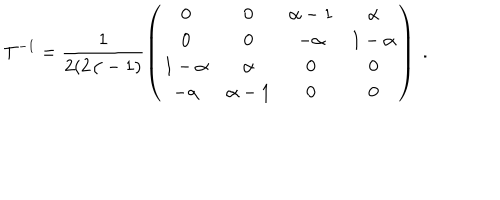
T ^ { - 1 } = \frac { 1 } { 2 ( 2 \alpha - 1 ) } \left( \begin{matrix} { { 0 } } & { { 0 } } & { { \alpha - 1 } } & { { \alpha } } \\ { { 0 } } & { { 0 } } & { { - \alpha } } & { { 1 - \alpha } } \\ { { 1 - \alpha } } & { { \alpha } } & { { 0 } } & { { 0 } } \\ { { - \alpha } } & { { \alpha - 1 } } & { { 0 } } & { { 0 } } \\ \end{matrix} \right) \ .